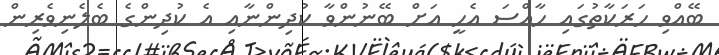
ބޭއްވި ހަރަކާތުގައި ހާއްސަ އެހީ އަށް ބޭނުންވާ ކުދިންނާއި އެ ކުދިންގެ ބެލެނިވެރިން